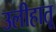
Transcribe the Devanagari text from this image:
उलीहातू